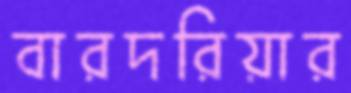
বারদরিয়ার